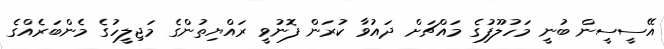
އޭސީސީން ބުނީ މަހުލޫފުގެ މައްޗަށް ދައުވާ ކުރަން ފޮނުވީ ރައްޔިތުންގެ މަޖިލީހުގެ މެންބަރެއްގެ